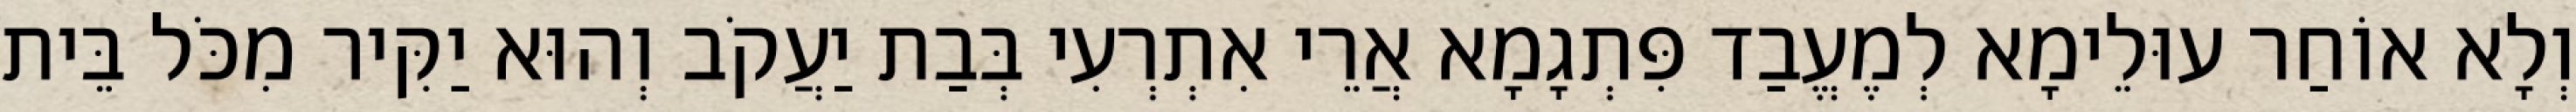
וְלָא אוֹחַר עוּלֵימָא לְמֶעֱבַד פִּתְגָמָא אֲרֵי אִתְרְעִי בְּבַת יַעֲקֹב וְהוּא יַקִּיר מִכֹּל בֵּית